Report on lock hospitals in British Burma
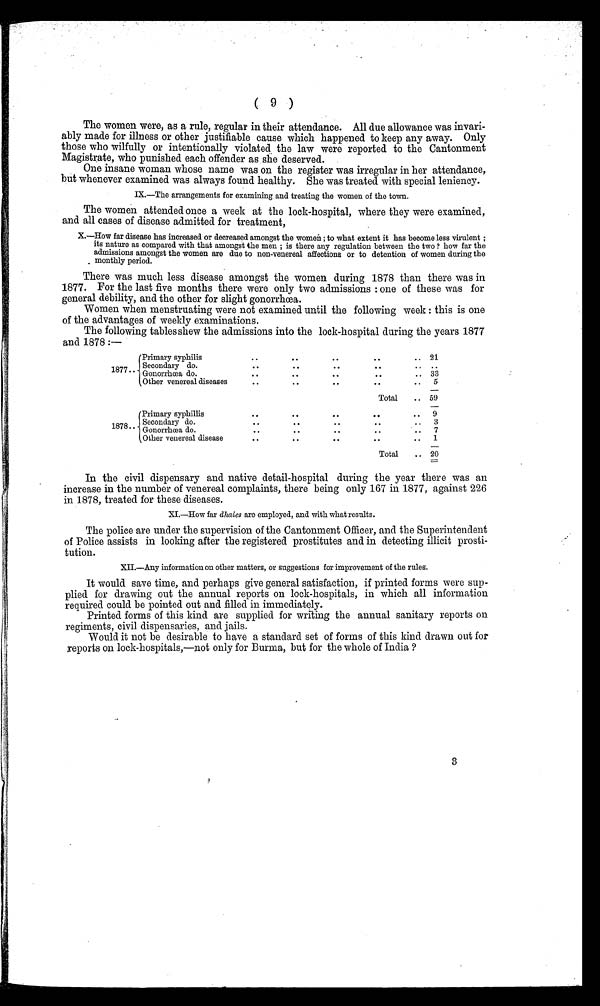
( 9 )
The women were, as a rule, regular in their attendance. All due allowance was invari-
- a b l y ma d e f o r i i l l n e s s o r o t h e r j u s t i f i a b l e c a u s e wh i c h h a p p e n e d t o k e e p a n y a wa y . On l y
those who wilfully or intentionally violated the law were reported to the Cantonment
Magistrate, who punished each offender as she deserved.
One insane woman whose name was on the register was irregular in her attendance,
but whenever examined was always found healthy. She was treated with special leniency.
IX.—The arrangements for examining and treating the women of the town.
The women attended once a week at the lock-hospital, where they were examined,
and all cases of disease admitted for treatment,
X.—How far disease has increased or decreased amongst the women ; to what extent it has become less virulent ;
its nature as compared with that amongst the men ; is there any regulation between the two ? how far the
admissions amongst the women are due to non-venereal affections or to detention of women during the
monthly period.
There was much less disease amongst the women during 1878 than there was in
1877. For the last five months there were only two admissions : one of these was for
general debility, and the other for slight gonorrhoea.
Women when menstruating were not examined until the following week : this is one
of the advantages of weekly examinations.
The following tables shew the admissions into the lock-hospital during the years 1877
and 1878 :—
1877..
Primary syphilis
Secondary do.
Gonorrhoea do.
Other venereal diseases
..
..
..
..
.. 21
..
..
. .
..
.. . .
. .
. .
..
. .
. . 33
..
. .
..
..
.. 5
Total
.. 59
1878..
Primary syphillis
Secondary dog
Gonorrhoea do.
Other venereal disease
..
. .
..
..
.. 9
. .
. .
..
. .
.. 3
..
..
..
. .
.. 7
..
..
..
..
.. 1
Total
. . 20
In the civil dispensary and native detail-hospital during the year there was an
increase in the number of venereal complaints, there being only 167 in 1877, against 226
in 1878, treated for these diseases.
XI.—How far dhaies are employed, and with what results.
The police are under the supervision of the Cantonment Officer, and the Superintendent
of Police assists iin looking after the registered prostitutes and in detecting illicit prosti--
tution.
XII.—Any information on other matters, or suggestions for improvement of the rules.
It would save time, and perhaps give general satisfaction, if printed forms were sup-
plied for drawing out the annual reports on lock-hospitals, in which all information
required could be pointed out and filled in immediately.
Printed forms of this kind are supplied for writing the annual sanitary reports on
regiments, civil dispensaries, and jails.
Would it not be desirable to have a standard set of forms of this kind drawn out for
reports on lock-hospitals,—not only for Burma, but for the whole of India ?
8